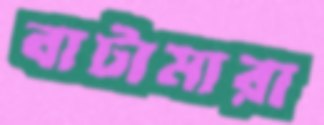
বাটামারা